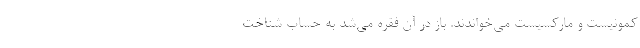
کمونیست و مارکسیست می‌خواندند. باز در آن فقره می‌شد به حساب شناختِ